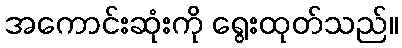
အကောင်းဆုံးကို ရွေးထုတ်သည်။